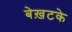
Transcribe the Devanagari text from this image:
बेख़टके